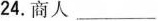
24.商人___